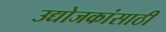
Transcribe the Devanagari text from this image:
उद्योजकांसाठी